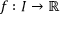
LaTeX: f : I \to \mathbb { R }